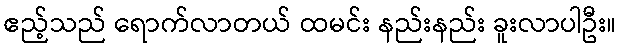
ဧည့်သည် ရောက်လာတယ် ထမင်း နည်းနည်း ခူးလာပါဦး။